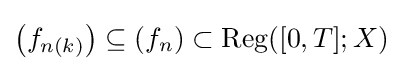
\left(f_{n(k)}\right)\subseteq (f_{n})\subset \mathrm {Reg} ([0,T];X)